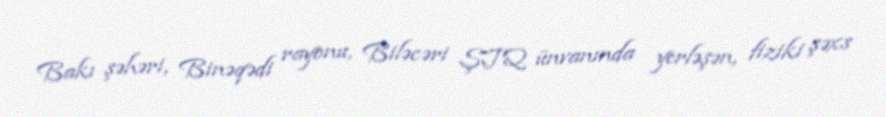
Bakı şəhəri, Binəqədi rayonu, Biləcəri ŞTQ ünvanında yerləşən, fiziki şəxs